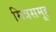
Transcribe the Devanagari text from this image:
मित्रसमूह